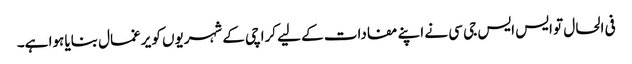
فی الحال تو ایس ایس جی سی نے اپنے مفادات کے لیے کراچی کے شہریوں کو یرغمال بنایا ہوا ہے۔